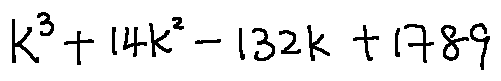
k ^ { 3 } + 1 4 k ^ { 2 } - 1 3 2 k + 1 7 8 9